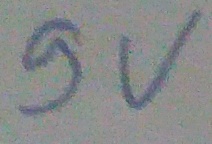
Text: 9V